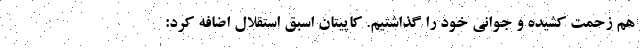
هم زحمت کشیده و جوانی خود را گذاشتیم. کاپیتان اسبق استقلال اضافه کرد: